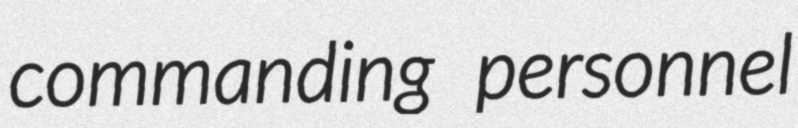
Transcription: commanding personnel